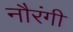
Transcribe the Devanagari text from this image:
नौरंगी